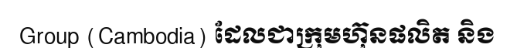
Group (Cambodia) ដែលជាក្រុមហ៊ុនផលិត និង